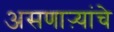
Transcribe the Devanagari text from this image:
असणाऱ्यांचे